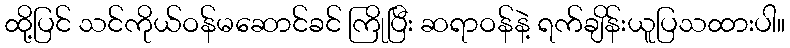
ထို့ပြင် သင်ကိုယ်ဝန်မဆောင်ခင် ကြိုပြီး ဆရာဝန်နဲ့ ရက်ချိန်းယူပြသထားပါ။